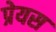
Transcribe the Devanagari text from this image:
प्रेयस